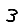
Digit: 3